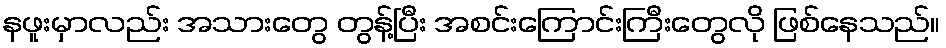
နဖူးမှာလည်း အသားတွေ တွန့်ပြီး အစင်းကြောင်းကြီးတွေလို ဖြစ်နေသည်။